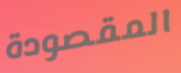
المقصودة